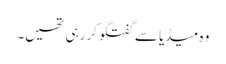
وہ میڈیا سے گفتگو کررہی تھیں۔